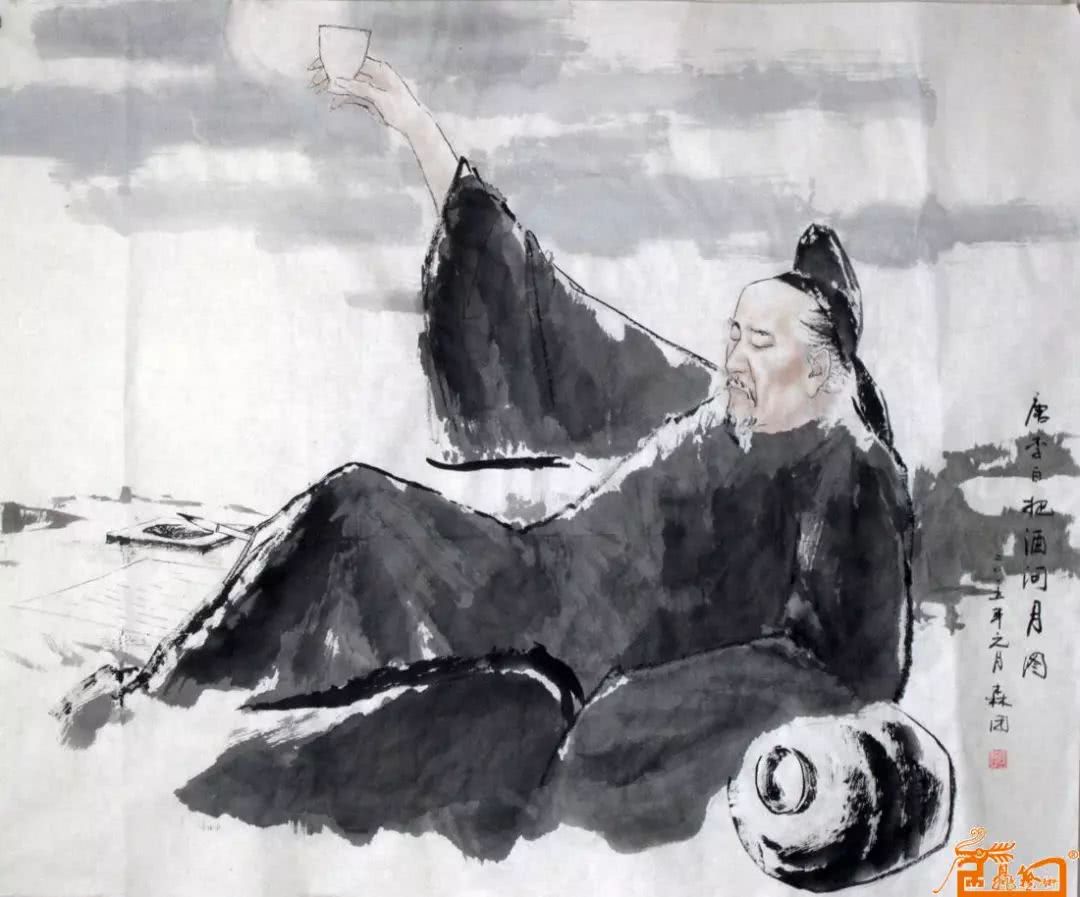
但见宵从海上来，宁知晓向云间没。